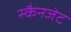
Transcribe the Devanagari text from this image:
स्कैनजेट